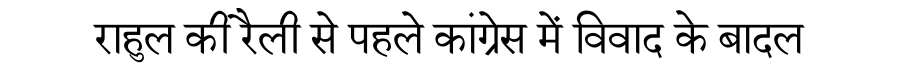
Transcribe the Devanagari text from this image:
राहुल की रैली से पहले कांग्रेस में विवाद के बादल